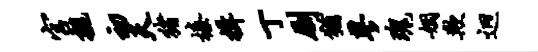
宫亲初天猪榛揖丁劂犹蓼瑰姻欺迥